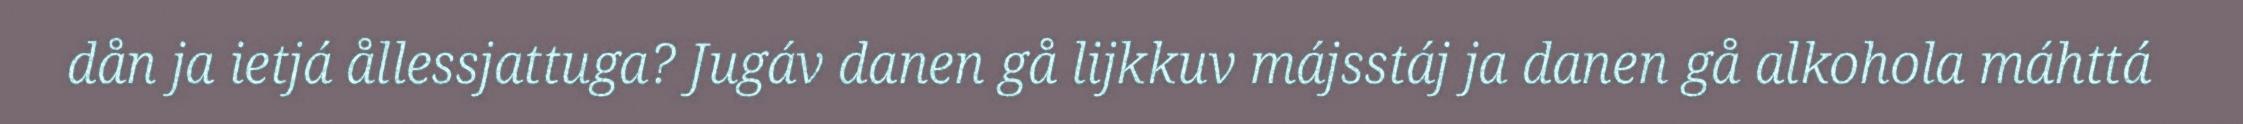
dån ja ietjá ållessjattuga? Jugáv danen gå lijkkuv májsstáj ja danen gå alkohola máhttá